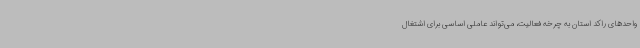
واحدهای راکد استان به چرخه فعالیت، می‌تواند عاملی اساسی برای اشتغال